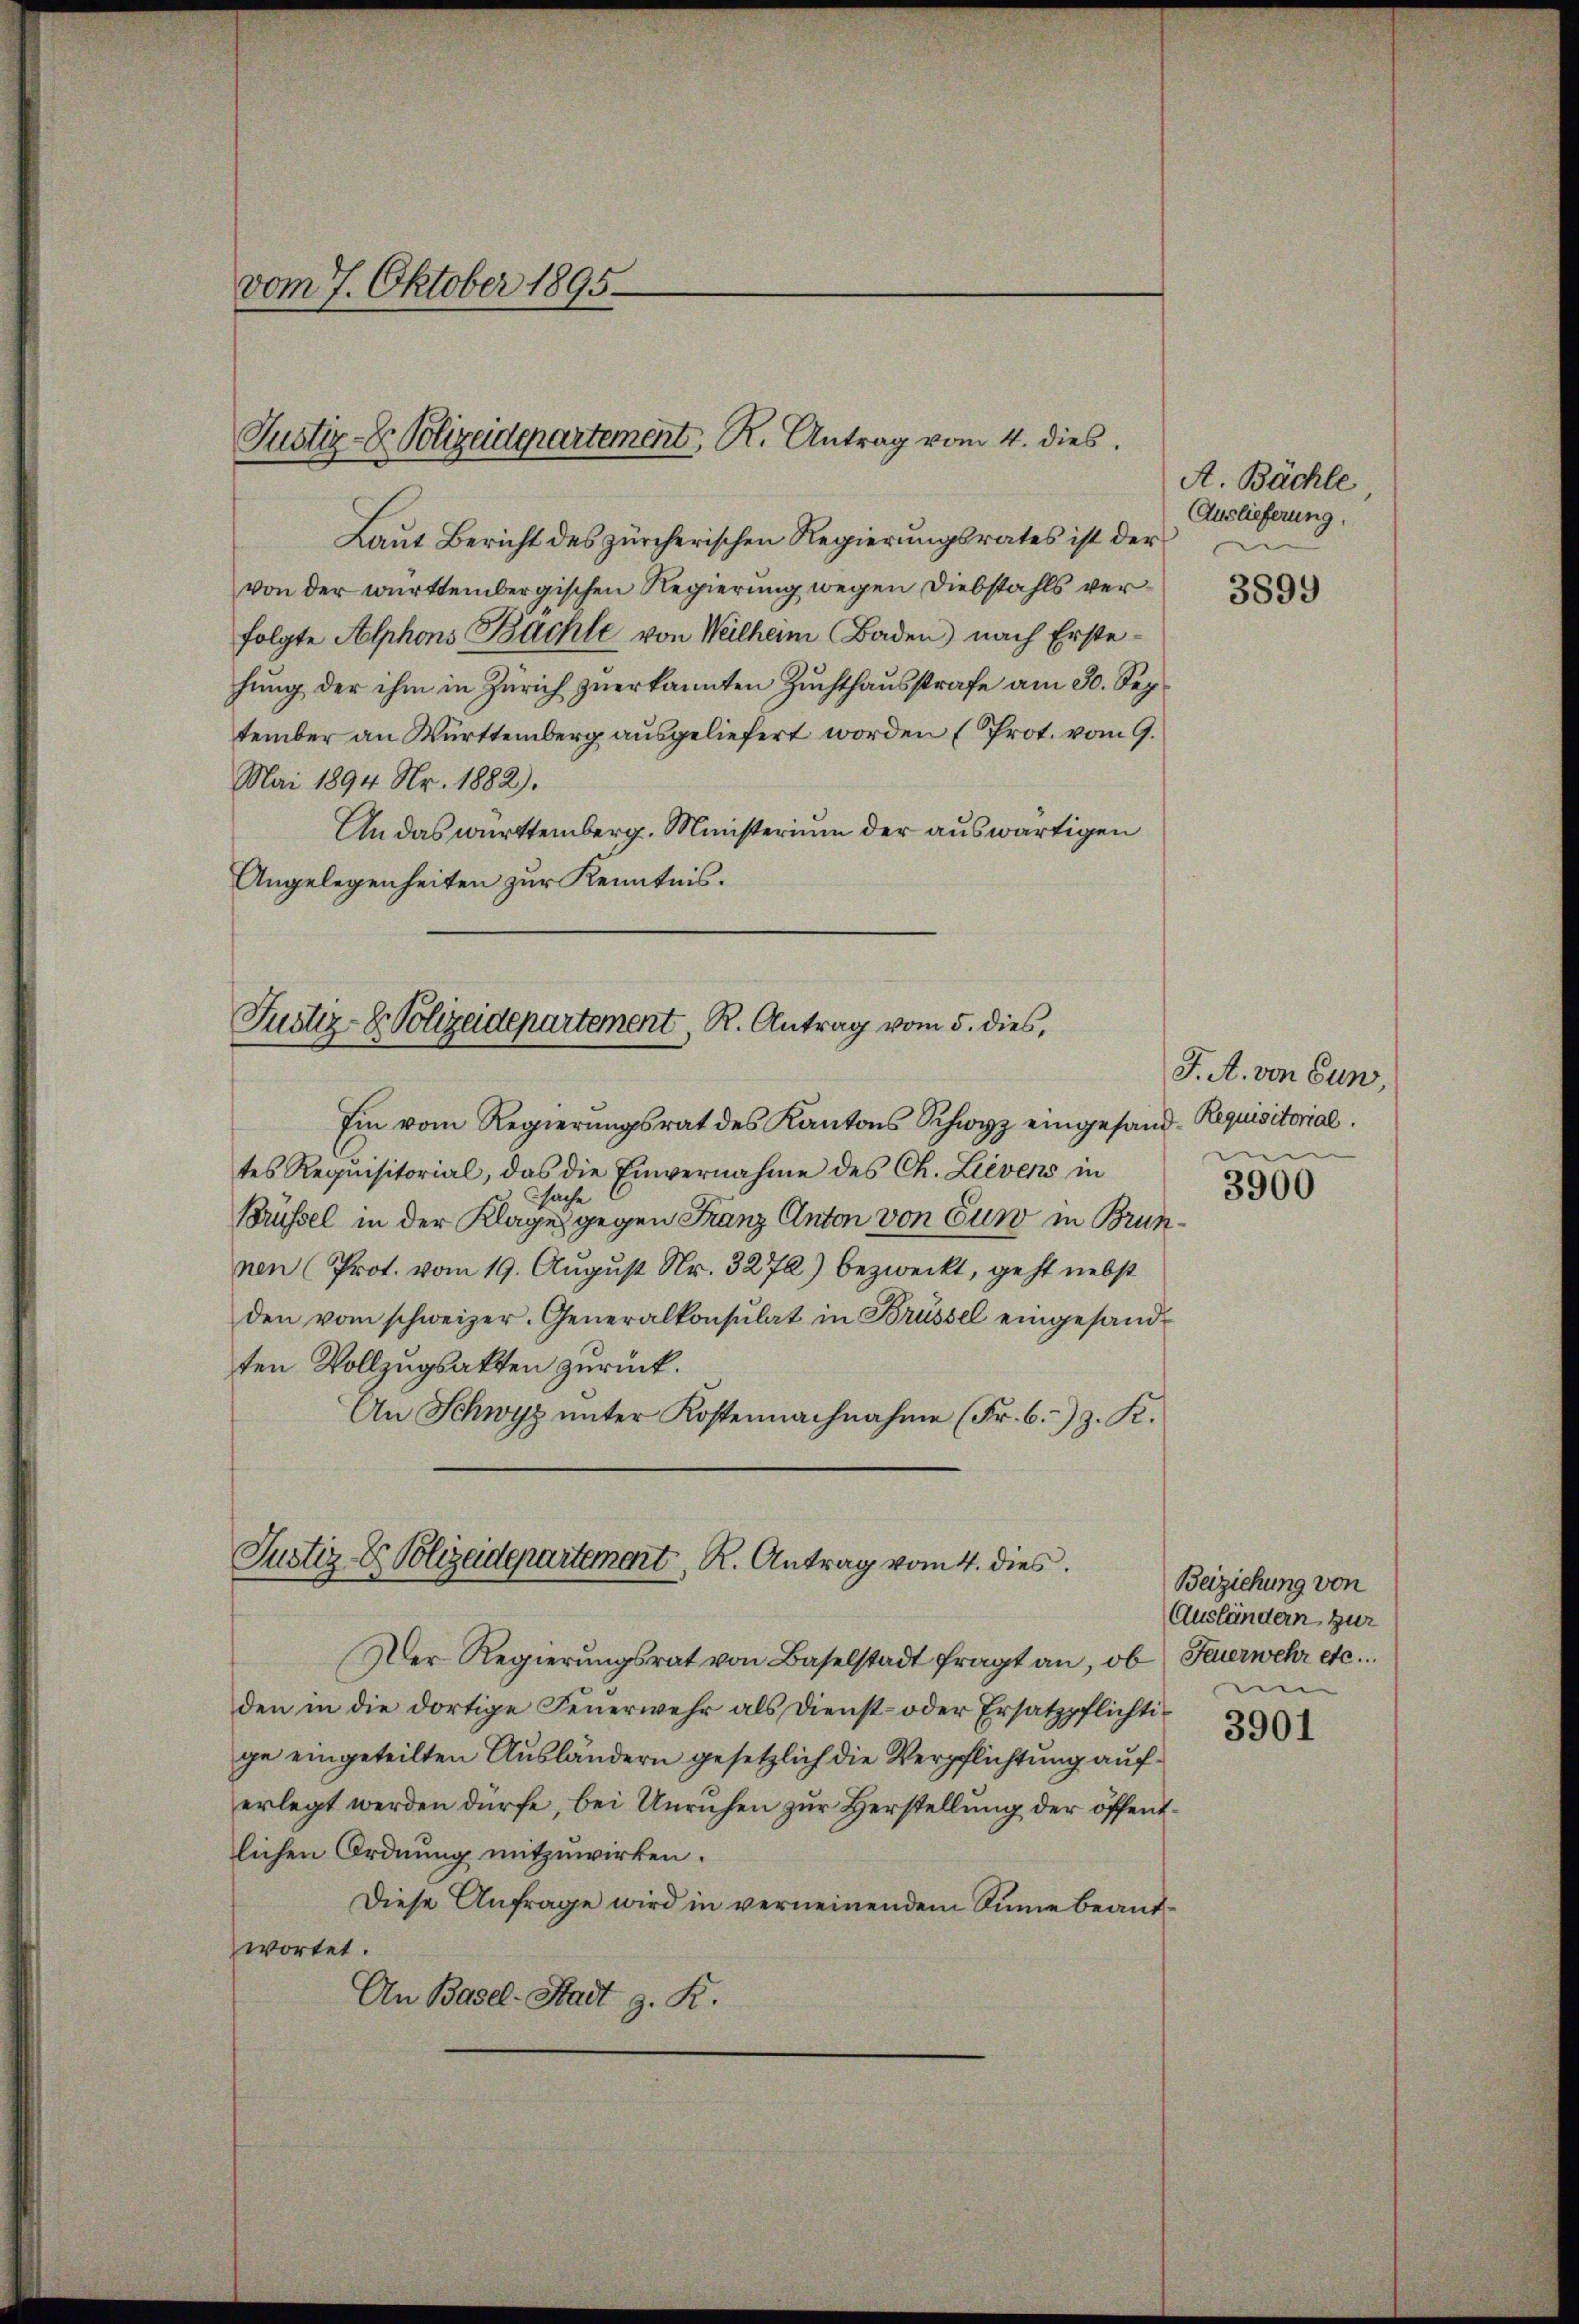
vom 7. Oktober 1895.

Justiz- & Polizeidepartement, R. Antrag vom 4. dies

Justiz- & Polizeidepartement, R. Antrag vom 5. dies,

Ein vom Regierungsrat des Kantons Schwyz eingesand-Requisitorial.
tes Requisitorial, das die Einvernahme des Ch. Lievens in
sache
Brüssel in der Klage gegen Franz Anton von Euw in Brunnen (Prot. vom 19. August Nr. 3272) bezweckt, geht nebst
den vom schweizer. Generalkonsulat in Brüssel eingesand-
ten Vollzugsakten zurück.
An Schwyz unter Kostennachnahme (Fr. 6. z. K.

Justiz- & Polizeidepartement K. Antrag vom 4. dies

Laut Bericht des zürcherischen Regierungsrates ist der
von der württembergischen Regierung wegen Diebstahls verfolgte Alphons Bachte von Weilheim Baden) nach Erstehung der ihm in Zürich zuerkannten Zuchthausstrafe am 30. Sep.
tember an Württemberg ausgeliefert worden (Prot. vom 9.
Mai 1894 Nr. 1882).
An das württemberg. Ministerium der auswärtigen
Angelegenheiten zur Kenntnis.

A. Bächle
Auslieferung.

Der Regierŭngsrat von Baselstadt fragt an, ob Feuerwehr etc.
den in die dortige Feuerwehr als Dienst- oder Ersatzpflichtige eingeteilten Ausländern gesetzlich die Verpflichtung auf
erlegt werden dürfe, bei Unruhen zur Herstellung der öffentlichen Ordnung mitzuwirken.
Diese Anfrage wird in verneinendem Sinne beantwortet.
An Basel-Stadt g. R.

3899

J. A. von Eun,

3900

Beiziehung von
Ausländern zur

3901